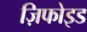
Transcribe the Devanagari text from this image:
ज़िफोइड